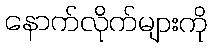
နောက်လိုက်များကို